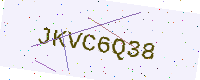
Text: JKVC6Q38